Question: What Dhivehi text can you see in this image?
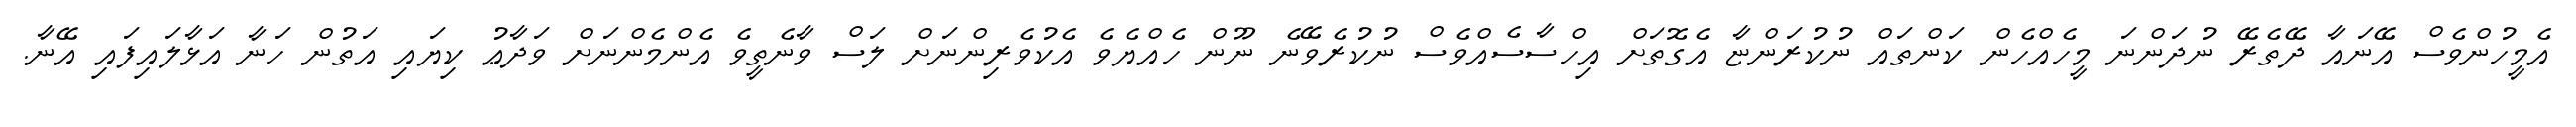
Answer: އެމީހުންވެސް އޭނައާ ދޭތެރޭ ނުދަންނަ މީހެއްހެން ކަންތައް ނުކުރަންޏާ އެގޮތަށް އިހްސާސެއްވެސް ނުކުރެވޭނެ ނޫން ހެއްޔެވެ އެކުވެރިންނަށް ލަސް ވާނެތީވެ އެންމެންނަށް ވަދާޢު ކިޔައި އަތުން ހަނާ އަޅާލައިފައި އޭނާ.